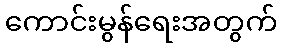
ကောင်းမွန်ရေးအတွက်